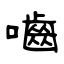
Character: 嚙